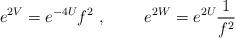
LaTeX: \begin{align*}e^{2V}=e^{-4U}f^{2}\ ,\ \qquad e^{2W}=e^{2U}\frac{1}{f^{2}}\end{align*}